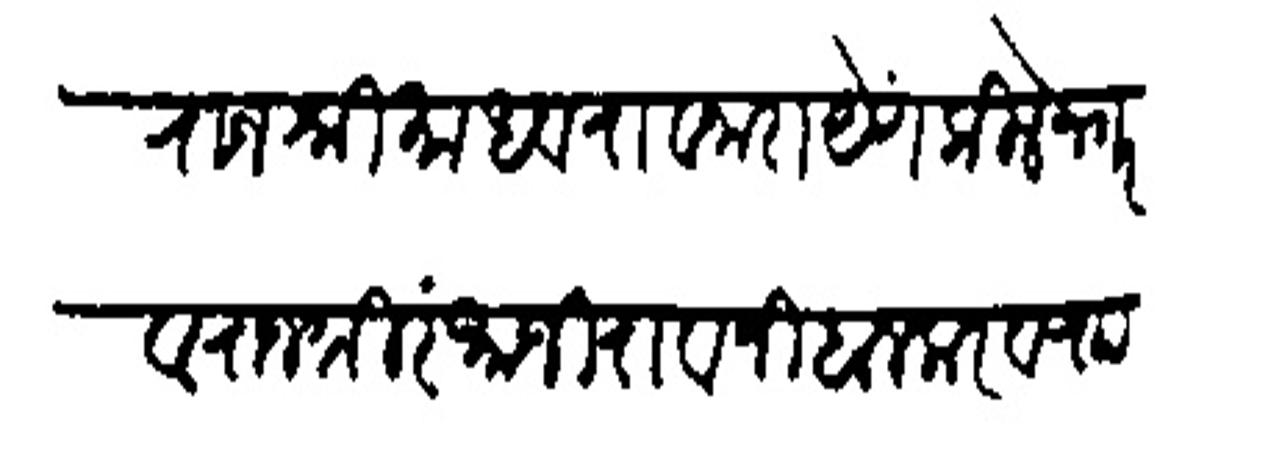
Transliteration (Devanagari): राजश्री माधवराव नारायेण किले नगर व राजश्री रंभाजीराव निंबालकर व राा